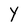
Character: Y